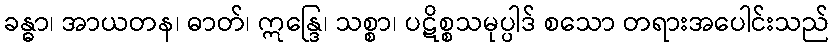
ခန္ဓာ၊ အာယတန၊ ဓာတ်၊ ဣန္ဒြေ၊ သစ္စာ၊ ပဋိစ္စသမုပ္ပါဒ် စသော တရားအပေါင်းသည်